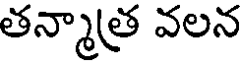
తన్మాత్ర వలన